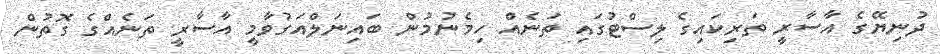
ދުނިޔޭގެ އާސާރީ ތަރިކައިގެ ލިސްޓުގައި ތަނެއް ހިމެނުމުން ބައިނަލްއަގުވާމީ އާސާރީ ތަނެއްގެ ގޮތުން